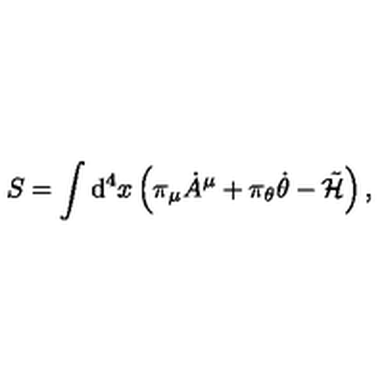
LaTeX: S = \int \mathrm { d } ^ { 4 } x \left( \pi _ { \mu } { \dot { A } } ^ { \mu } + \pi _ { \theta } \dot { \theta } - \tilde { \cal H } \right) ,